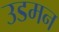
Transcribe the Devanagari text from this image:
उडमन